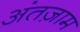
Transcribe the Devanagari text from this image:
अंतज़ाम